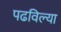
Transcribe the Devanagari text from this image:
पढविल्या